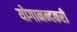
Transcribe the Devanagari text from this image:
योगानन्दकरी